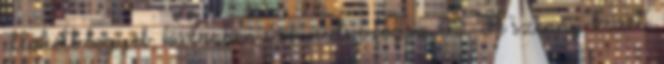
eltökélt legyél, különben szenvedni fogsz 49. A szenny kezét,